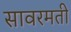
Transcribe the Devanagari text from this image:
सावरमती